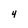
Character: 4